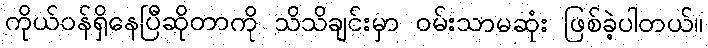
ကိုယ်ဝန်ရှိနေပြီဆိုတာကို သိသိချင်းမှာ ဝမ်းသာမဆုံး ဖြစ်ခဲ့ပါတယ်။